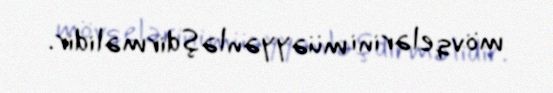
mövqelərini müəyyənləşdirməlidir.